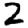
Digit: 2